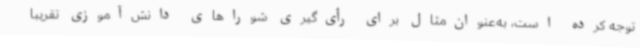
توجه کرده است، به‌عنوان‌مثال برای رأی‌گیری شوراهای دانش‌آموزی تقریباً